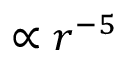
\propto r ^ { - 5 }